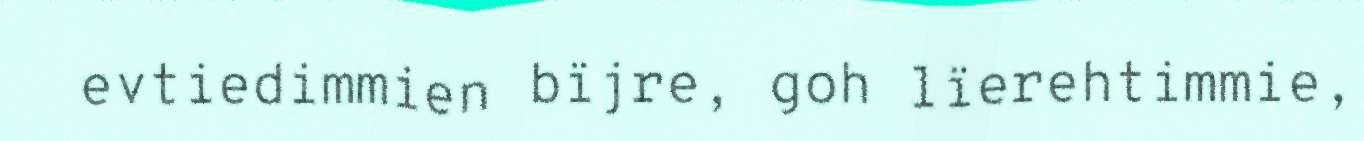
evtiedimmien bïjre, goh lïerehtimmie,